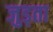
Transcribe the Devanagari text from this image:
जुड्ता